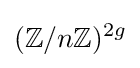
(\mathbb {Z} /n\mathbb {Z} )^{2g}